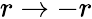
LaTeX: r\to-r